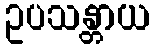
ဥပသန္တာယ